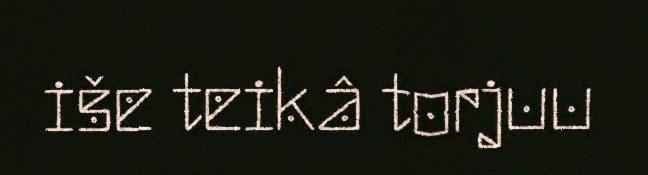
iše teikâ torjuu